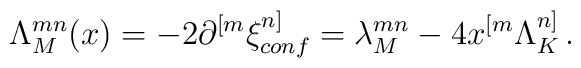
\Lambda^{mn}_M(x) = -2 \partial^{[m} \xi_{conf}^{n]} = \lambda_M^{mn} - 4x^{[m} \Lambda_K^{n]}\,.